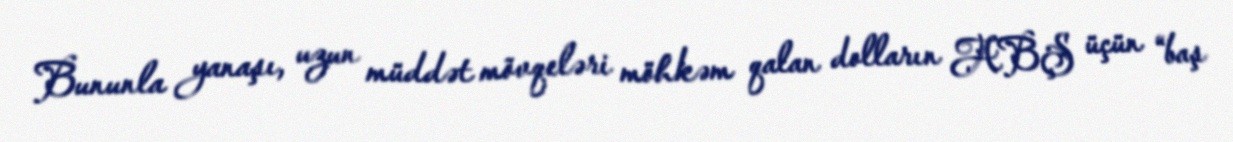
Bununla yanaşı, uzun müddət mövqeləri möhkəm qalan dolların ABŞ üçün “baş